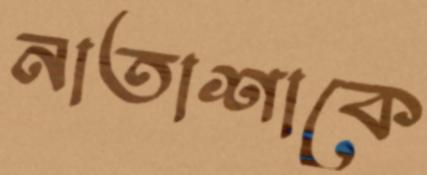
নাতাশাকে